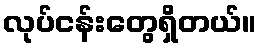
လုပ်ငန်းတွေရှိတယ်။